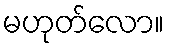
မဟုတ်လော။